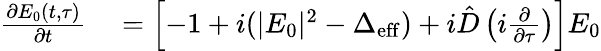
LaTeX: \begin{array}{rl}{\frac{\partial E_{0}(t,\tau)}{\partial t}}&{{}=\left[-1+i(|E_{0}|^{2}-\Delta_{\mathrm{eff}})+i\hat{D}\left(i\frac{\partial}{\partial\tau}\right)\right]E_{0}}\end{array}